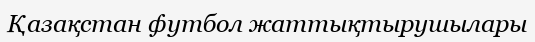
Қазақстан футбол жаттықтырушылары